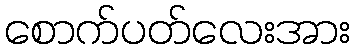
စောက်ပတ်လေးအား